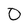
Character: o